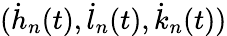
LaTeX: (\dot{h}_{n}(t),\dot{l}_{n}(t),\dot{k}_{n}(t))